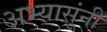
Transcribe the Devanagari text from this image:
अभ्यासूंनी